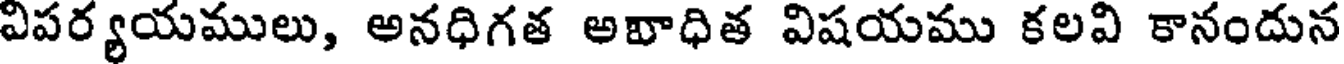
విపర్యయములు, అనధిగత అవాధిత విషయము కలవి కానందున